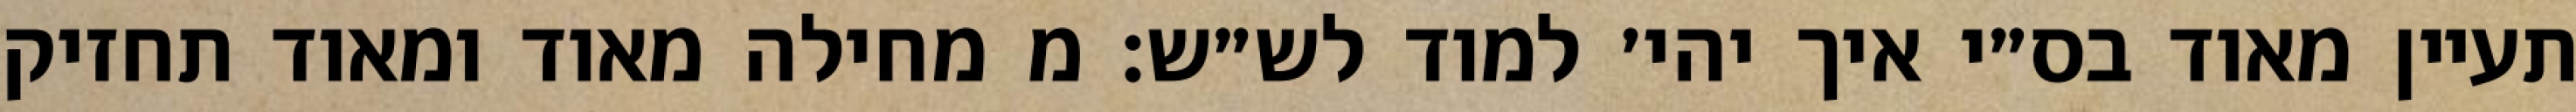
תעיין מאוד בס״י איך יהי׳ למוד לש״ש: מ מחילה מאוד ומאוד תחזיק